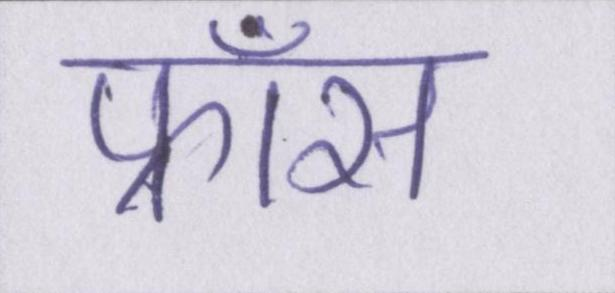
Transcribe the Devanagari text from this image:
फ्राँस